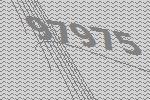
97975